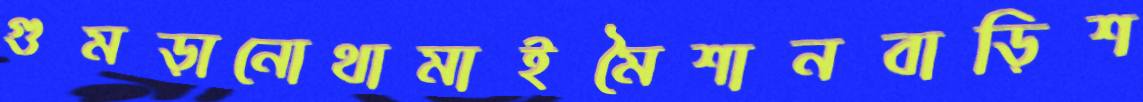
গুমড়ানোথামাইমৈশানবাড়িশ